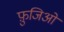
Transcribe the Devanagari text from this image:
फ़ुजिओ